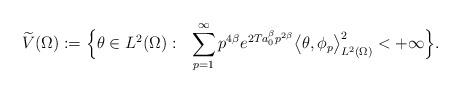
LaTeX: \begin{align*}{ \widetilde V(\Omega) }:=\Big\{ \theta \in L^2(\Omega):\ \ \sum_{p=1}^\infty p^{4\beta} e^{2Ta_0^{\beta} p^{2\beta}} \big\langle \theta,\phi_p\big\rangle_{L^2(\Omega)}^2 <+\infty \Big\}. \end{align*}